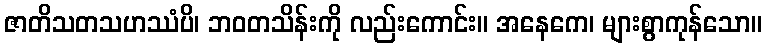
ဇာတိသတသဟဿံပိ၊ ဘဝတသိန်းကို လည်းကောင်း။ အနေကေ၊ များစွာကုန်သော။